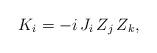
LaTeX: \begin{align*} K_i=-i\,J_i\,Z_{j}\,Z_{k},\end{align*}